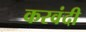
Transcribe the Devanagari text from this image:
करवंदी